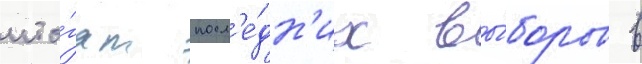
ито́гам посл'е́дн'их вы́боров в